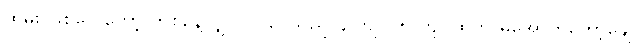
ထမ်း ဖြစ်လေတော့ တစ်နေ့လျှင် ဝင်ငွေသည် ၄ ကျပ်၊ ၅ ကျပ်ထက် မအောက်တော့ချေ။